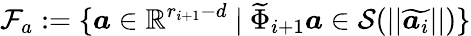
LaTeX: \mathcal{F}_{a}:=\{ \boldsymbol{a}\in\mathbb{R}^{r_{i+1}-d}\mathrm{~}|\mathrm{~}\widetilde{\Phi}_{i+1}\boldsymbol{a}\in\mathcal{S}(||\widetilde{\boldsymbol{a}_{i}}||)\}